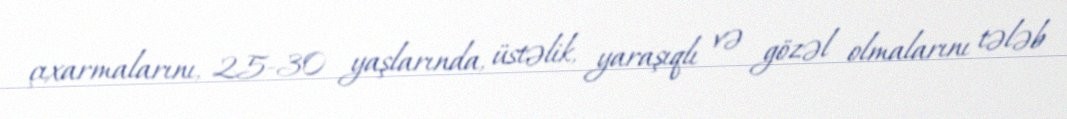
çıxarmalarını, 25-30 yaşlarında, üstəlik, yaraşıqlı və gözəl olmalarını tələb